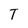
Character: T